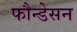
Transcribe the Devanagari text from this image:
फौन्डेसन